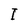
Character: I